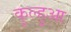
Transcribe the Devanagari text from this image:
कुल्हुआ